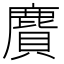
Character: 𪊾